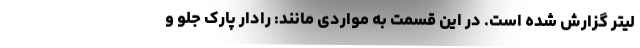
لیتر گزارش شده است. در این قسمت به مواردی مانند: رادار پارک جلو و